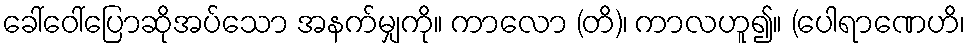
ခေါ်ဝေါ်ပြောဆိုအပ်သော အနက်မျှကို။ ကာလော (တိ)၊ ကာလဟူ၍။ (ပေါရာဏေဟိ၊